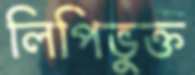
লিপিভুক্ত